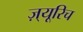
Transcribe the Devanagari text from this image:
ज़्यूरिच